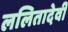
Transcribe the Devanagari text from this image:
ललितादेवी